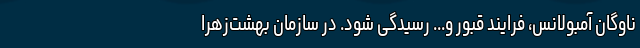
ناوگان آمبولانس، فرایند قبور و... رسیدگی شود. در سازمان بهشت‌زهرا